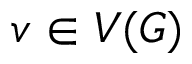
v \in V ( G )